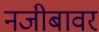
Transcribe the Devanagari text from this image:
नजीबावर